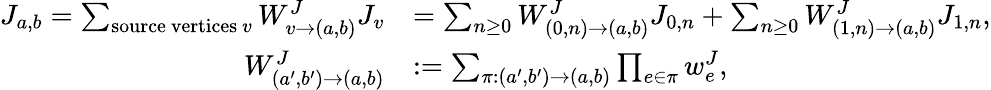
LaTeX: \begin{array}{rl}{J_{a,b}=\sum_{\mathrm{source~vertices~}v}W_{v\to(a,b)}^{J}J_{v}}&{=\sum_{n\geq 0}W_{(0,n)\to(a,b)}^{J}J_{0,n}+\sum_{n\geq 0}W_{(1,n)\to(a,b)}^{J}J_{1,n},}\\ {W_{(a^{\prime},b^{\prime})\to(a,b)}^{J}}&{:=\sum_{\pi:(a^{\prime},b^{\prime})\to(a,b)}\prod_{e\in\pi}w_{e}^{J},}\end{array}